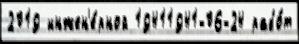
2019 инжен'е́рной 19411941-06-24 рабо́т